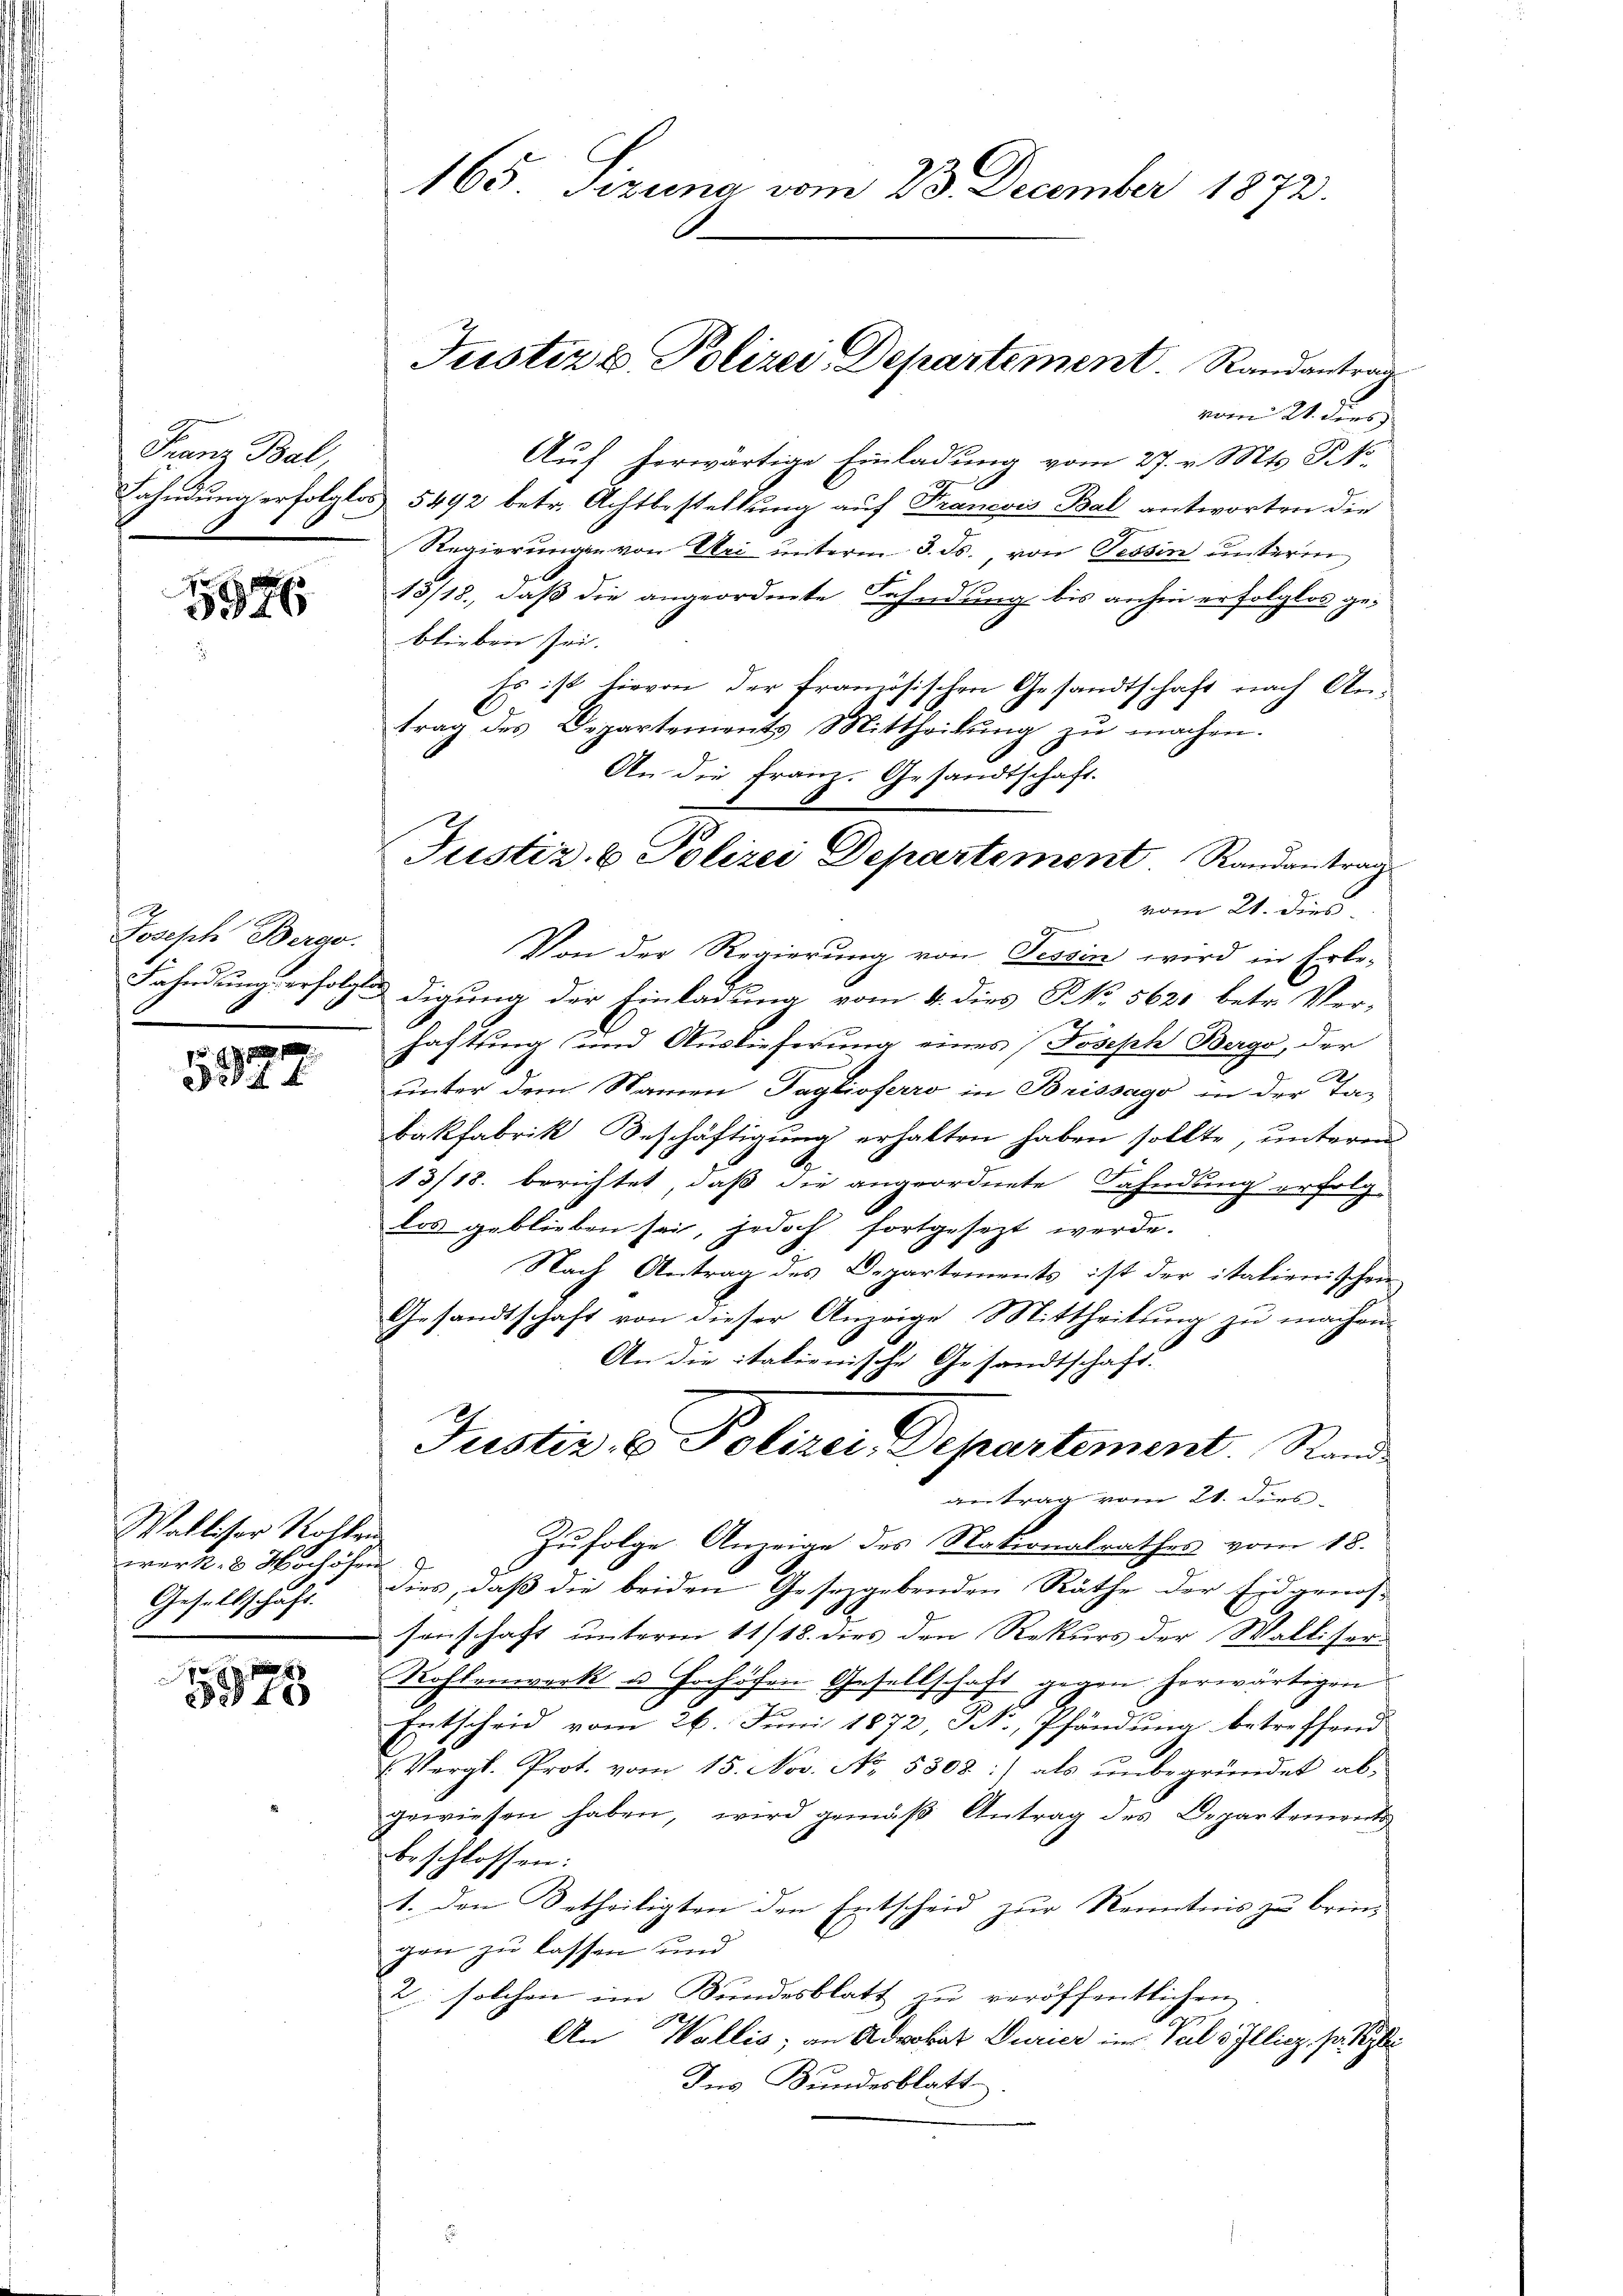
Franz Bal,

184

Joseph Bergo.

1
8. f

Walliser Rohlen
werk. 8 Mochöhren
Gesellschaft.

5975

vom 21. ders
Auf herwärtige Einladung vom 27. v. Mts. St.
Lahndung erfolglos 5492 betr. Achtbestellung auf Francois Bal antworten die
Regierŭngen von Sei ŭnterm 3. ds., von Tessin unterm
13/18., daß die angeordnete Fahndung bis anhin erfolglos geblieben sei.
Es ist hievon der französischen Gesandtschaft nach Antrag des Departements Mittheilung zu machen.
An die Frau. Gesandtschaft.
vom 21. Dies
Von der Regierung von Tessin wird in Erbe-
Fahndung erfolgtes digung der Einladung vom 4. dies No. 5620 betr. Ver-
haftung und Auslieferung eines Joseph Bergo, der
x
unter dem Namen Taglioferro in Brissago in der Ta-
bakfabrik Beschäftigŭng erhalten haben sollte, unteren
13/18. berichtet, daß die angeordnete Fahndung erfolglos geblieben sei, jedoch fortgesezt werde.
Nach Antrag des Departements ist der italienischen
Gesandtschaft von dieser Anzeige Mittheilung zu machen.
An die italienische Gesandtschaft.
Justiz & Polizei Departement. Stande
getrag vom 21. dies
Zufolge Anzeige des Nationalrathes vom 18.
dies, daß die beiden Gesetzgebenden Räthe der Eidgenos-
senschaft unterm 11/18. dies den Rekurs der Walliser-
Rohlenwerk u Cochöhen Gesellschaft gegen herwärtigen
Entscheid vom 26. Juni 1872, N., Pfändung betreffend
Vergl. Prot. vom 15. Nov. No. 5308:/ als unbegründet ab-
gewiesen haben, wird gemäß Antrag des Departements
beschlossen:
1. Den Betheiligten den Entscheid zur Kenntnis zu brin
gen zu lassen und
2. solchen im Bundesblatt zu veröffentlichen
An Wallis, an Advokat Durier in Vals Illicz, so
Ins Bundesblatt

165 Szuna vom 23. December 1872.

Justiz & Polizei Departement Randantrag

Justiz & Polizei Departement. Randantrag